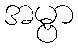
အမ္ဗာ